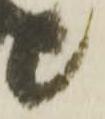
候